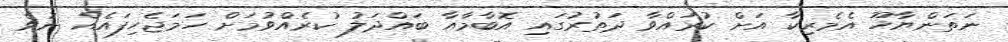
ނަތަންޔާހޫ އެމެރިކާ އަށް ކުރައްވާ ދަތުރުގައި އޮބާމާއާ ބައްދަލު ކުރެއްވުމަށް ހަމަޖެހިފައެއް ނުވެ